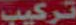
تركيب